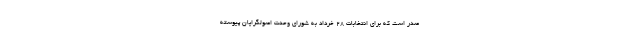
صدر است که برای انتخابات ۲۸ خرداد به شورای وحدت اصولگرایان پیوسته